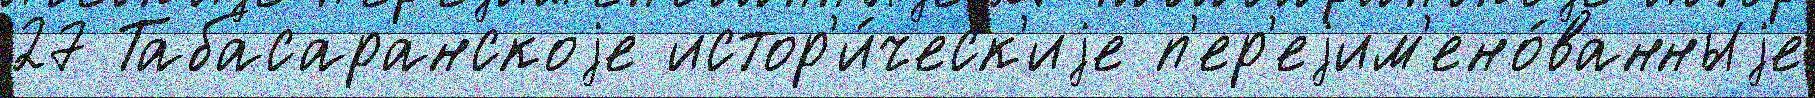
27 Табасаранскоjе истор'и́ческ'иjе п'ер'еjим'ено́ванныjе